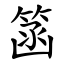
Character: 䈄